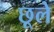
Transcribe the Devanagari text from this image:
छूले